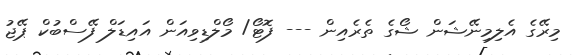
މިރޭގެ އެލިމިނޭޝަން ޝޯގެ ތެރެއިން --- ފޮޓޯ/ މޯލްޑިވިއަން އައިޑަލް ފޭސްބުކް ޕޭޖު